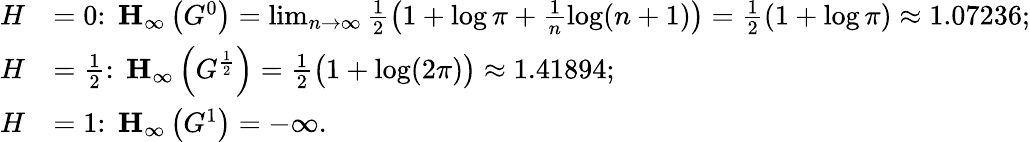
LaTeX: \begin{array}{rl}{H}&{=0\colon\; \mathbf H_{\infty}\left(G^{0}\right)=\operatorname*{lim}_{n\to\infty}\frac 12\left(1+\log\pi+\frac 1n\log(n+1)\right)=\frac 12\left(1+\log\pi\right)\approx 1.07236;}\\ {H}&{=\frac 12\colon\; \mathbf H_{\infty}\left(G^{\frac 12}\right)=\frac 12\bigl(1+\log(2\pi)\bigr)\approx 1.41894;}\\ {H}&{=1\colon\; \mathbf H_{\infty}\left(G^{1}\right)=-\infty.}\end{array}